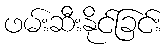
ဖမ်းဆီးနိုင်ခြင်း